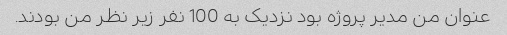
عنوان من مدیر پروژه بود نزدیک به 100 نفر زیر نظر من بودند.